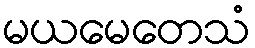
မယမေတေသံ